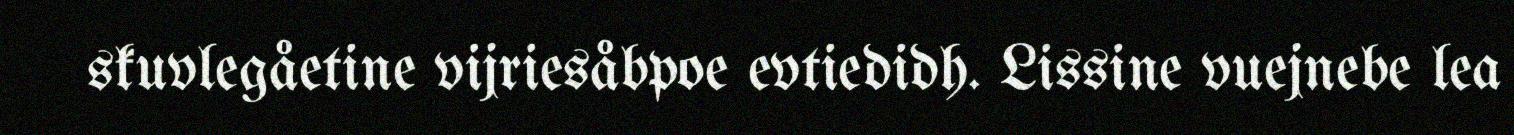
skuvlegåetine vijriesåbpoe evtiedidh. Lissine vuejnebe lea